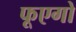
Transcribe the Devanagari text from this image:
फूएगो